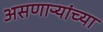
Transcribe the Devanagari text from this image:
असणाऱ्यांच्या